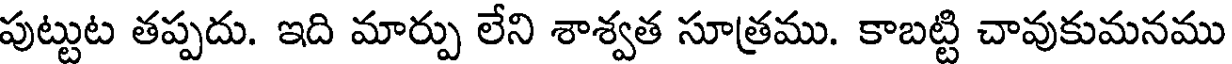
పుట్టుట తప్పదు. ఇది మార్పు లేని శాశ్వత సూత్రము. కాబట్టి చావుకుమనము